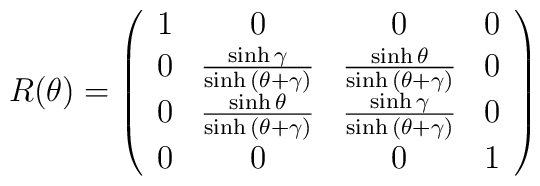
R(\theta)=\left(\begin{array}{cccc}1 & 0 & 0 & 0\\0 & \frac{\sinh{\gamma}}{\sinh{(\theta+\gamma)}} &\frac{\sinh{\theta}}{\sinh{(\theta+\gamma)}} & 0\\ 0 & \frac{\sinh{\theta}}  {\sinh{(\theta+\gamma)}} &\frac{\sinh{\gamma}}  {\sinh{(\theta+\gamma)}}  & 0\\0 & 0 & 0 & 1\end{array}\right)